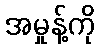
အမှုန့်ကို